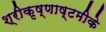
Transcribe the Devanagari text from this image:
श्रीकृष्णाष्टमीके